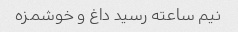
نیم ساعته رسید داغ و خوشمزه